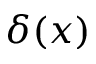
\delta ( x )